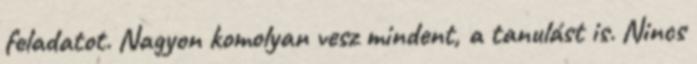
feladatot. Nagyon komolyan vesz mindent, a tanulást is. Nincs